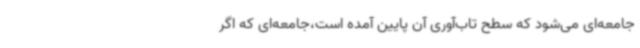
جامعه‌ای می‌شود که سطح تاب‌آوری آن پایین آمده است،جامعه‌ای که اگر